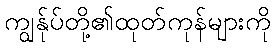
ကျွန်ုပ်တို့၏ထုတ်ကုန်များကို